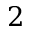
2